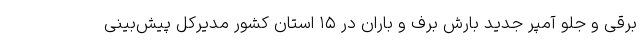
برقی و جلو آمپر جدید بارش برف و باران در ۱۵ استان کشور مدیرکل پیش‌بینی